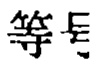
等号